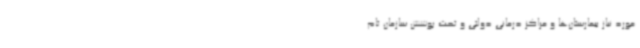
مورد نیاز بیمارستان‌ها و مراکز درمانی دولتی و تحت پوشش سازمان تام